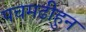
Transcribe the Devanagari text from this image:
पचमढीहुन